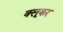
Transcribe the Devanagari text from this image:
क्लूकर